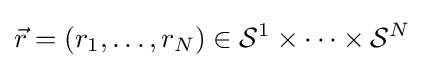
{\vec {r}}=(r_{1},\ldots ,r_{N})\in {\mathcal {S}}^{1}\times \cdots \times {\mathcal {S}}^{N}